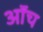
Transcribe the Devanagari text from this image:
ऑंच